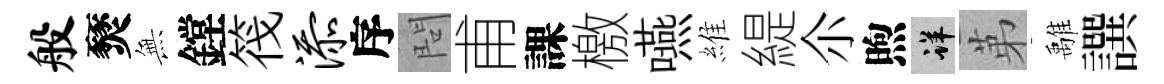
般燹𭴾鏜筏添序問甫課檄嚥維緹尒煦详苐𩀌譔